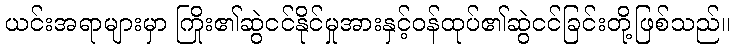
ယင်းအရာများမှာ ကြိုး၏ဆွဲငင်နိုင်မှုအားနှင့်ဝန်ထုပ်၏ဆွဲငင်ခြင်းတို့ဖြစ်သည်။